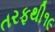
તરફથી૧૯